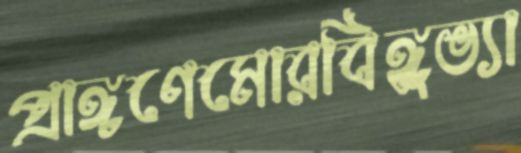
প্রাঙ্গণেমোরবিঙ্গুভ্যা